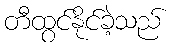
တီထွင်နိုင်ခဲ့သည်